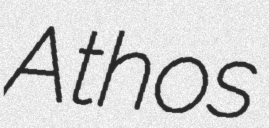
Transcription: Athos